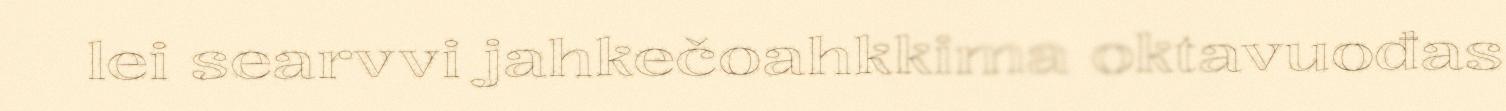
lei searvvi jahkečoahkkima oktavuođas